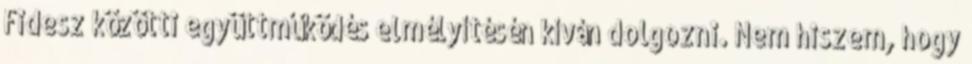
Fidesz közötti együttműködés elmélyítésén kíván dolgozni. Nem hiszem, hogy